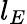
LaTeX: l_{E}